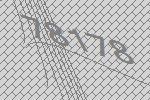
78178